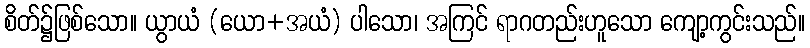
စိတ်၌ဖြစ်သော။ ယွာယံ (ယော+အယံ) ပါသော၊ အကြင် ရာဂတည်းဟူသော ကျော့ကွင်းသည်။